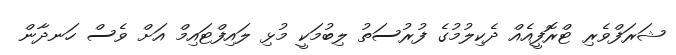
ޝަރަފްވެރި ޓްރޮފީއެއް ދެކިލުމުގެ ފުރުސަތު ލިބުމަކީ މުޅި ލައިފްޓައިމް އަށް ވެސް ހަނދާން